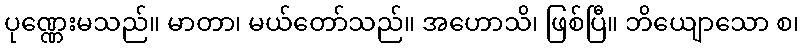
ပုဏ္ဏေးမသည်။ မာတာ၊ မယ်တော်သည်။ အဟောသိ၊ ဖြစ်ပြီ။ ဘိယျောသော စ၊